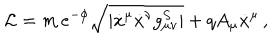
{ \cal L } = m \, e ^ { - \phi } \sqrt { | \dot { x } ^ { \mu } \dot { x } ^ { \nu } g _ { \mu \nu } ^ { S } | } + q A _ { \mu } \dot { x } ^ { \mu } \, ,